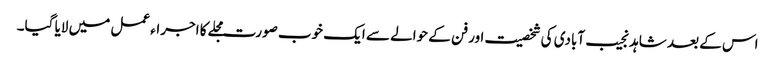
اس کے بعد شاہد نجیب آبادی کی شخصیت اور فن کے حوالے سے ایک خوب صورت مجلے کا اجراء عمل میں لایا گیا۔